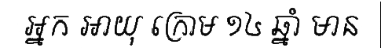
អ្នក អាយុ ក្រោម ១៤ ឆ្នាំ មាន